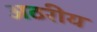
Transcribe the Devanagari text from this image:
अठरीय